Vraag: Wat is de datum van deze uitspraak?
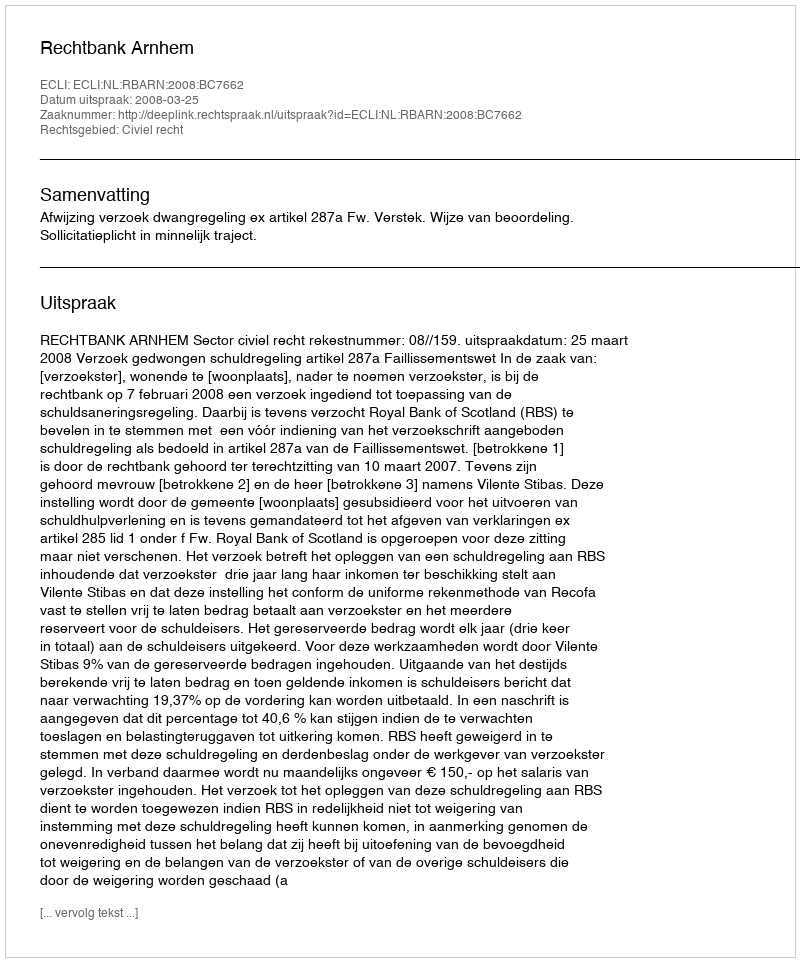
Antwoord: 2008-03-25